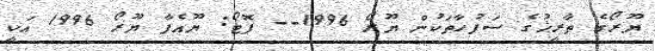
ޔޫރޯގެ ތާރީޚުގެ ސަފުހާތަކުން ޔޫރޯ 1996-- ފޮޓޯ: ޔޫއެފާ ޔޫރޯ 1996 އަކީ